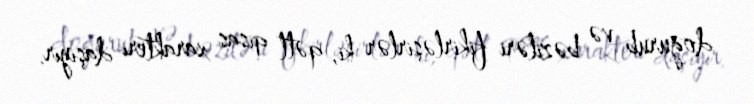
doğurub və bəziləri fikirləşirlər ki, qətl qisas xarakteri daşıyır.